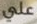
علي